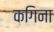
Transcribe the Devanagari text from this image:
कगिना